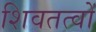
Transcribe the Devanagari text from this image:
शिवतत्वों